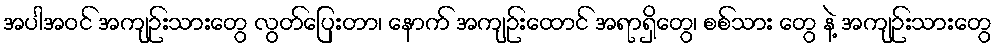
အပါအဝင် အကျဉ်းသားတွေ လွတ်ပြေးတာ၊ နောက် အကျဉ်းထောင် အရာရှိတွေ၊ စစ်သား တွေ နဲ့ အကျဉ်းသားတွေ